Indian journal of veterinary science and animal husbandry - Volume 13,
Year: 1943
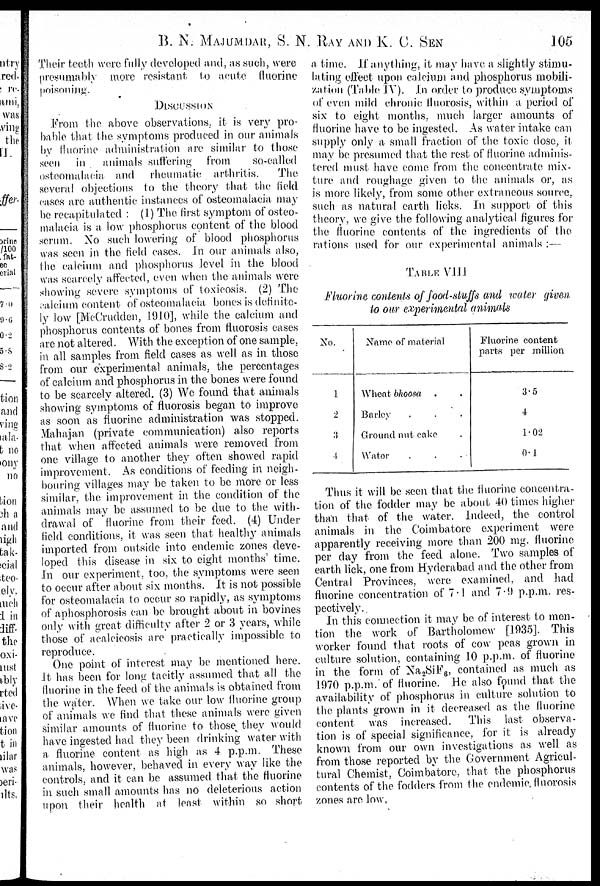
B. N. MAJUMDAR, S. N. RAY AND K.
C.
SEN
105
Their teeth were fully developed and, as such, were
presumably more resistant In acute fluorine
poisoning.
DISCUSSION
From the above observations. it is very pro-
bable, that the symptoms produced in our animals
by fluorine administration are similar to those
seen in animals suffering from
so-called
osteomalacia and rheumatic arthritis.
The
several objections to the theory that the Held
cases are authentic instances of osteomalacia may
be recapitulated : (1) The first symptom of osteo-
malacia is a low phosphorus content of the blood
scrum. No such lowering of blood phosphorus
was seen in the field cases. In our animals also,
the calcium and phosphorus level in the blood
was scarcely affected, even when the animals were
showing severe symptoms of toxicosis. (2) The
calcium content of osteomalacia bones is detinite-
ly low [McCrudden, 1910], while the calcium and
phosphorus contents of bones from fluorosis cases
are not altered. With the exception of one sample,
in all samples from field cases as well as in those
from our experimental animals, the percentages
of calcium and phosphorus in the bones were found
to be scarcely altered. (3) We found that animals
showing symptoms of fluorosis began to improve
as soon as fluorine administration was stopped.
Mahajan (private communication) also reports
that when affected animals were removed from
one village to another they often showed rapid
improvement. As conditions of feeding in neigh-
bouring villages may be taken to be more or less
similar, the improvement in the condition of the
animals may be assumed to be due to the with-
drawal of fluorine from their feed. (4) Under
field conditions, it was seen that healthy animals
imported from outside into endemic zones deve-
loped this disease in six to eight months' time.
in our experiment, too. the symptoms were seen
to occur after about six months. It is not possible
for osteomalacia to occur so rapidly, as symptoms
of aphosphorosis can be brought about in bovines
only with great difficulty after 2 or 3 years, while
those of acalcicosis are practically impossible to
reproduce.
One point of interest may be mentioned here.
it has been for long tacitly assumed that all the
fluorine in the feed of the animals is obtained from
the water. When we take our low fluorine group
of animals we find that these animals were given
similar amounts of fluorine to those they would
have ingested had they been drinking water with
a fluorine content as high as 4 p.p.m. These
animals, however, behaved in every way like the
controls, and it can be assumed that the fluorine
in such small amounts has no deleterious action
upon their health at least within so short
a time. If anything, it may have a slightly stimu-
lating effect upon calcium and phosphorus mobili-
zation (Table IV). In order to produce symptoms
of even mild chronic fluorosis, within a period of
six to eight months, much larger amounts of
fluorine have to be ingested. As water intake can
supply only a small fraction of the toxic dose, it
may be presumed that the rest of fluorine adminis-
tered must have come from the concentrate mix-
ture and roughage given to the animals or, as
is more likely, from some other extraneous source,
such as natural earth licks. In support of this
theory, we give the following analytical figures for
the fluorine contents of the ingredients of the
rations used for our experimental animals ;—
TABLE VIII
Fluorine contents of food-duffs and water given
to our experimental animals
No.
1
2
3
4
Name of material
Wheat bhoosa . .
Barley . . .
Ground nut cake
Water . . . .
Fluorine content
parts per million
3.5
4
1.02
0.1
Thus it will be seen that the fluorine concentra-
tion of the fodder may be about 40 times higher
than that of the water, indeed, the control
animals in the Coimbatore experiment were
apparently receiving more than 200 mg. fluorine
per day from the feed alone. Two samples of
earth lick, one from Hyderabad and the other from
Central Provinces, were examined, and had
fluorine concentration of 7.1 and 7.9 p.p.m. res-
pectively.
in this connection it may be of interest to men-
tion the work of Bartholomew [1935]. This
worker found that roots of cow peas grown in
culture solution, containing 10 p.p.m, of fluorine
in the form of Na 2 SiF 6 , contained as much as
1970 p.p.m. of fluorine. He also found that the
availability of phosphorus in culture solution to
the plants grown in it decreased as the fluorine
content was increased.
This last observa-
tion is of special significance, for it is already
known from our own investigations as well, as
from those reported by the Government Agricul-
tural Chemist, Coimbatore, that the phosphorus
contents of the fodders from the endemic, fluorosis
zones are low,